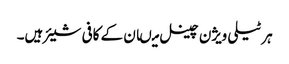
ہر ٹیلی ویژن چینل میںان کے کافی شیئر ہیں۔